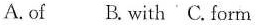
A.of B. with C. Form